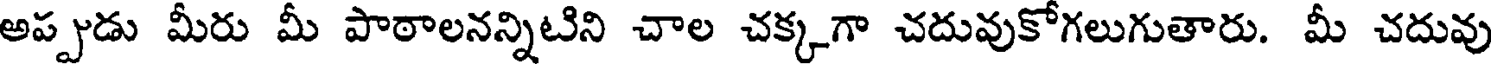
అప్పుడు మీరు మీ పాఠాలనన్నిటిని చాల చక్కగా చదువుకోగలుగుతారు. మీ చదువు